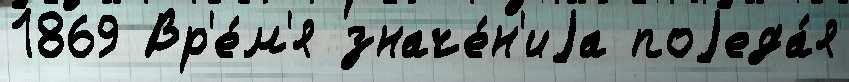
1869 Вр'е́м'я значе́н'иjа поjеда́я